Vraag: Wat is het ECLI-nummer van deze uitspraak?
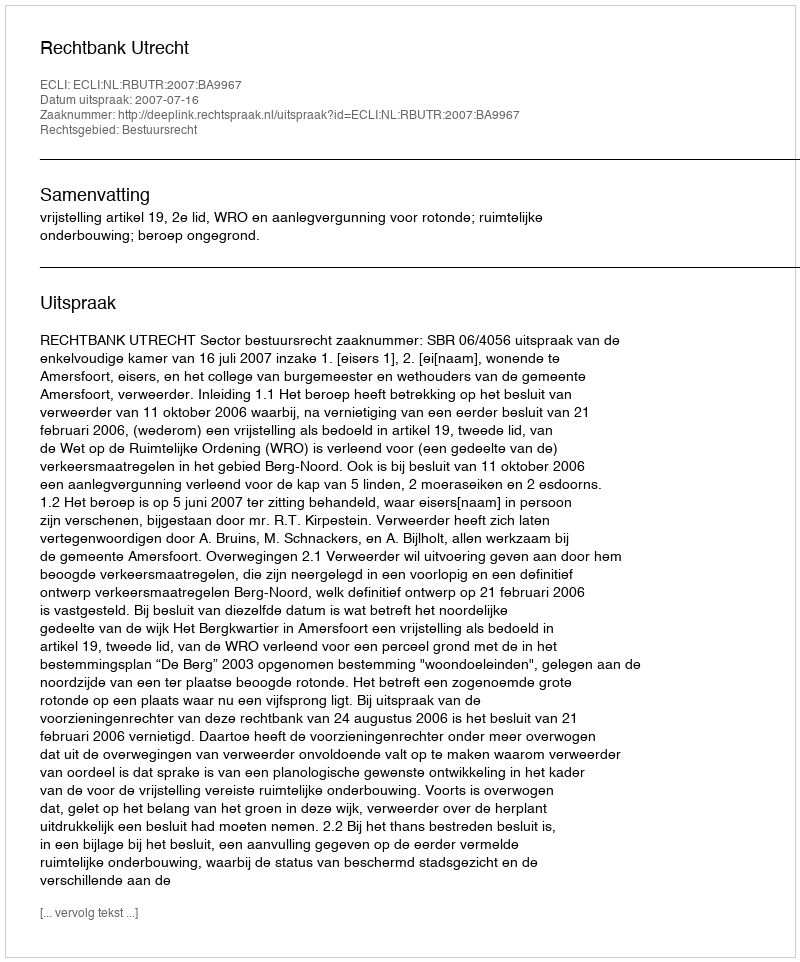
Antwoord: ECLI:NL:RBUTR:2007:BA9967